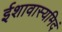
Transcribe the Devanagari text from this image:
ईशावास्यमिदं